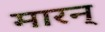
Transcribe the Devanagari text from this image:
मारन्